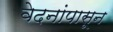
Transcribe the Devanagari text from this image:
वेदनांपासून